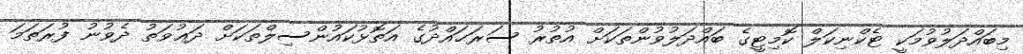
މިބައްދަލުވުމަކީ ޓެކްނިކަލް ކޮމިޓީގެ ބައްދަލުވުންތަކަށް އުތުރު ސަރަޙައްދުގެ އަތޮޅުކައުންސިލްތަކަށް ދަޢުވަތު ދެވުނު ފުރަތަމަ